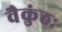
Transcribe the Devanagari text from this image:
वैकुंठः